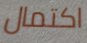
اكتمال